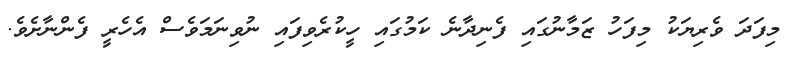
މިފަދަ ވެރިޔަކު މިފަހު ޒަމާނުގައި ފެނިދާނެ ކަމުގައި ހީކުރެވިފައި ނުވިނަމަވެސް އެހެރީ ފެންނާށެވެ.